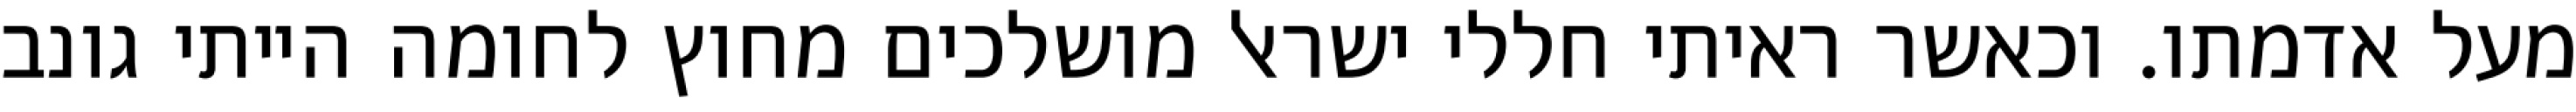
מעל אדמתו. וכאשר ראיתי חללי ישראל מושלכים מחוץ לחומה הייתי גונב